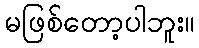
မဖြစ်တော့ပါဘူး။